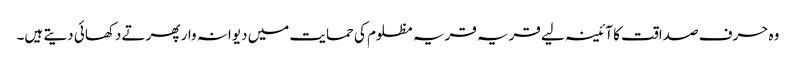
وہ حرف صداقت کا آئینہ لیے قریہ قریہ مظلوم کی حمایت میں دیوانہ وار پھرتے دکھائی دیتے ہیں۔